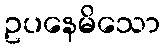
ဥပနေမိသော